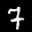
Label: 7